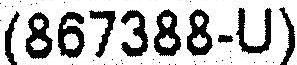
(867388-U)